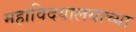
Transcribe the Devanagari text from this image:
महाविदयालयाच्या